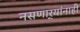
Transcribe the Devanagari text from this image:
नसणार्‍यांनाही